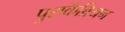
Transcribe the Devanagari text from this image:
पुराकैब्रियन